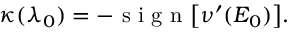
\kappa ( \lambda _ { 0 } ) = - \mathrm { ~ s ~ i ~ g ~ n ~ } \big [ \nu ^ { \prime } ( E _ { 0 } ) \big ] .